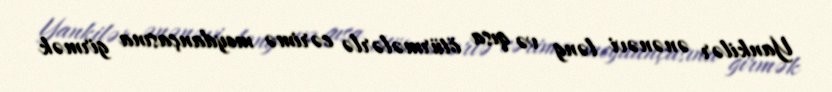
Yankilər ənənəvi ləng və qısa ötürmələrlə cərimə meydançasına girmək